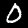
Label: 0